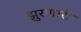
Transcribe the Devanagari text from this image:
झुरणारी